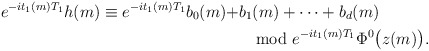
\begin{align*} e^{-i t_1(m) T_1} h(m)\equiv e^{-i t_1(m) T_1} b_0(m) + & b_1(m) + \dotsb + b_{d}(m) \\&\mod e^{-i t_1(m) T_1} \Phi^0 \bigl( z(m) \bigr).\end{align*}